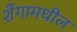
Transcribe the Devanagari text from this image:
शेंगामधील